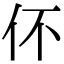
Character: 伓